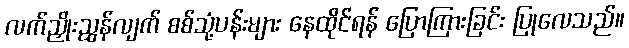
လက်ညှိုးညွှန်လျက် စစ်သုံ့ပန်းများ နေထိုင်ရန် ပြောကြားခြင်း ပြုလေသည်။